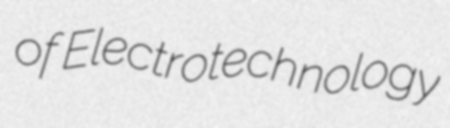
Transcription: of Electrotechnology